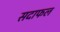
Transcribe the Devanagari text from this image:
सदाफल